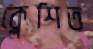
ক্লেশিত